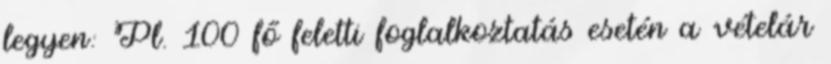
legyen: Pl. 100 fő feletti foglalkoztatás esetén a vételár